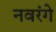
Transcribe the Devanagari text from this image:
नवरंगे